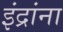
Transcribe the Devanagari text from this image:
इंद्रांना